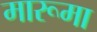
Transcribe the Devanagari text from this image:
मारूमा